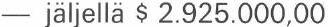
- jäljellä $ 2.925.000,00